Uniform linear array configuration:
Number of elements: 32
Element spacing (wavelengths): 1
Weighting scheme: hann
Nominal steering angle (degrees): -30
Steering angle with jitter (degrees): -28.981
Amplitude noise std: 0.05
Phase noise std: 0.05

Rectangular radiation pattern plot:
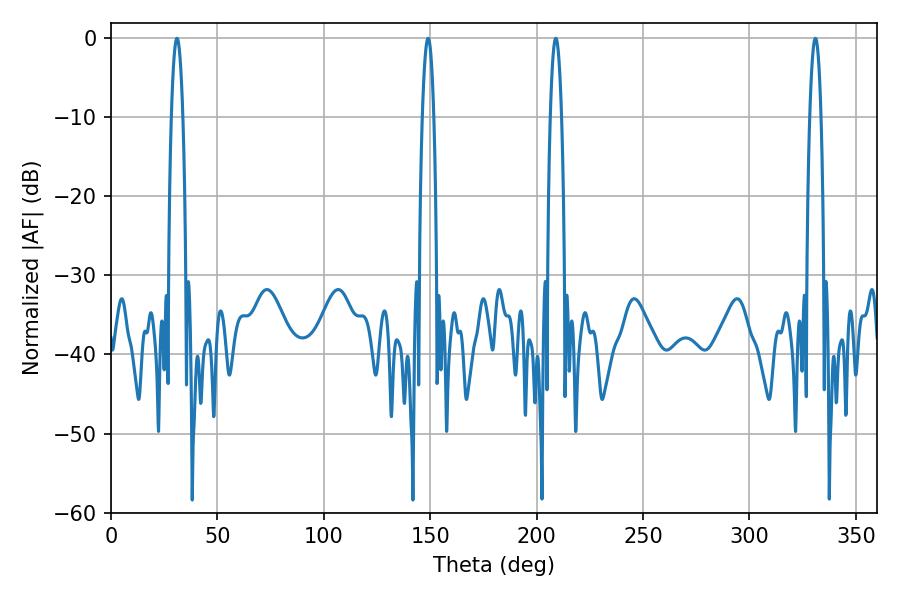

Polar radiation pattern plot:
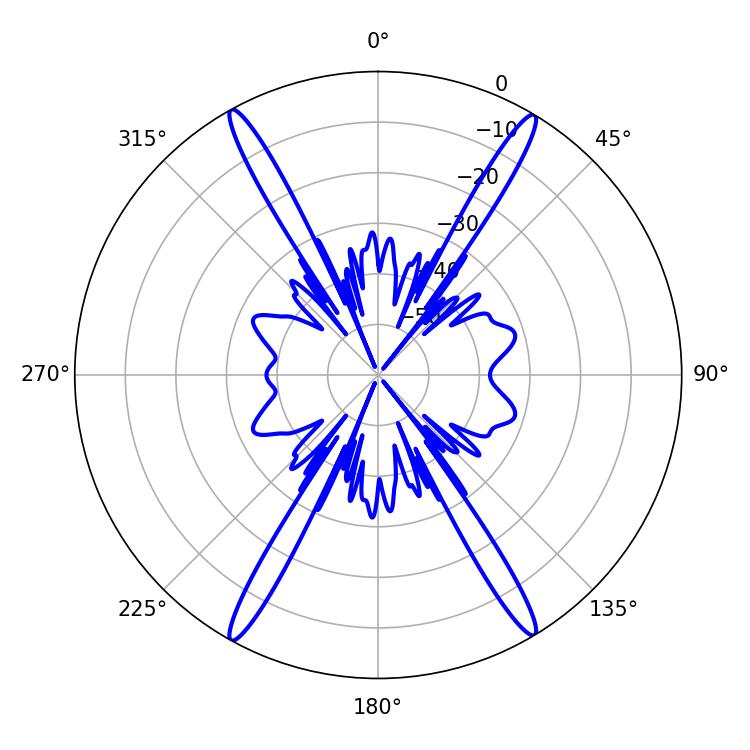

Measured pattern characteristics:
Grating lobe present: TRUE
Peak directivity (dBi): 26.339
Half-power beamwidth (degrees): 2.88
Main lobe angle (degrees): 208.98